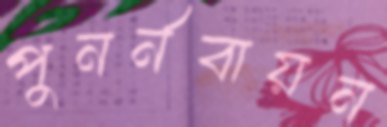
পুনর্নবায়ন